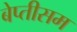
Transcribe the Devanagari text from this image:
बेप्तीसम